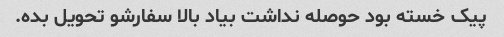
پیک خسته بود حوصله نداشت بیاد بالا سفارشو تحویل بده.